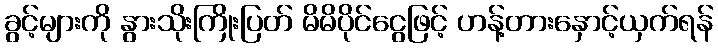
ခွင့်များကို နွားသိုးကြိုးပြတ် မိမိပိုင်ငွေဖြင့် ဟန့်တားနှောင့်ယှက်ရန်